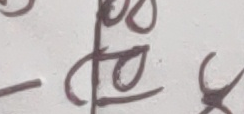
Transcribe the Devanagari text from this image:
छोड